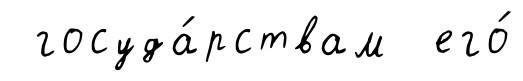
госуда́рствам его́